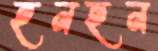
হনহন